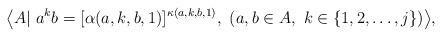
LaTeX: \begin{align*} \big\langle A|\ a^k b=[\alpha(a,k,b,1)]^{\kappa(a,k,b,1)},\ (a,b\in A,\ k\in\{1,2,\dots,j\})\big\rangle, \end{align*}